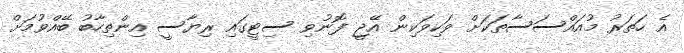
އެ ހަތަރު މުއައްސަސާތަކަށް ވަކިވަކިން އޭޖީ ފޮނުވި ސިޓީގައި ރިޔާސީ އިންތިހާބު ބޭއްވުމަށް